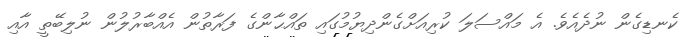
ކެނޑިގެން ނުދެއެވެ. އެ މައްސަލަ ކުރިއަށްގެންދިޔުމުގައި ތައްޙާންގެ ފަރާތުން އެއްބާރުލުން ނުލިބޭތީ އާއި